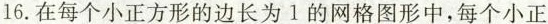
16.在每个小正方形的边长为1的网格图形中，每个小正